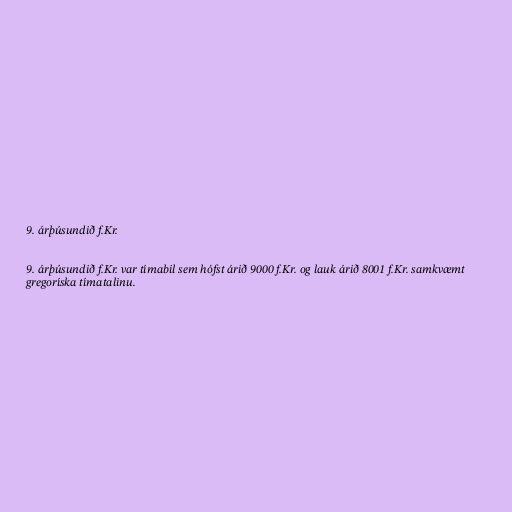
9. árþúsundið f.Kr.

9. árþúsundið f.Kr. var tímabil sem hófst árið 9000 f.Kr. og lauk árið 8001 f.Kr. samkvæmt
gregoríska tímatalinu.